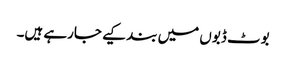
بوٹ ڈبوں میں بند کیے جارہے ہیں۔